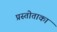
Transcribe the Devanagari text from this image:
प्रस्तोताका